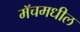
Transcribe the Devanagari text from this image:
मॅचमधील